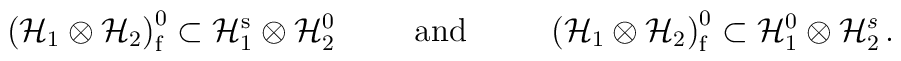
\left( {\cal H}_1 \otimes {\cal H}_2 \right)_{\mathrm f}^{0} \subset{\cal H}_1^{\mathrm{s}} \otimes {\cal H}_2^{0} \hspace*{1cm}\mbox{and} \hspace*{1cm}\left( {\cal H}_1 \otimes {\cal H}_2 \right)_{\mathrm f}^{0} \subset{\cal H}_1^0 \otimes {\cal H}_2^{s} \,.